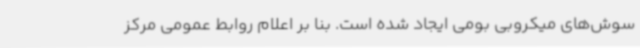
سوش‌های میکروبی بومی ایجاد شده است. بنا بر اعلام روابط عمومی مرکز